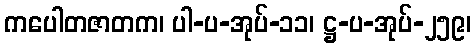
ကပေါတဇာတက၊ ပါ-ပ-အုပ်-၁၁၊ ဋ္ဌ-ပ-အုပ်-၂၅၉၊